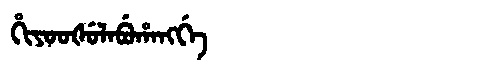
Manchu: ᡥᡳᠶᠣᠣᡧᡠᠯᠠᠪᡠᡥᠠᠩᡤᡝ
Romanization: HIYOOŠULABUHANGGE